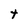
Character: t